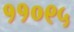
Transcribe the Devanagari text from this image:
११०९५